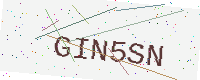
Text: GIN5SN